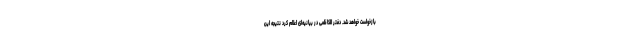
بازخواست خواهد شد. دفتر الکاظمی در بیانیه‌ای اعلام کرد نتیجه این